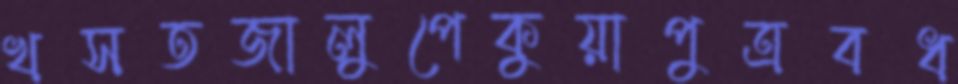
খসতজালুপেকুয়াপুত্রবধ